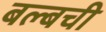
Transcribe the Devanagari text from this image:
बल्बची